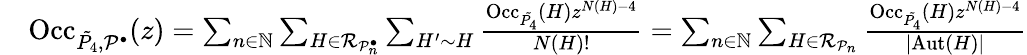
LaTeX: \begin{array}{rl}&{\mathrm{Occ}_{\tilde{P_{4}},\mathcal{P}^{\bullet}}(z)=\sum_{n\in\mathbb{N}}\sum_{H\in\mathcal{R}_{\mathcal{P}_{n}^{\bullet}}}\sum_{H^{\prime}\sim H}\frac{\mathrm{Occ}_{\tilde{P_{4}}}(H)z^{N(H)-4}}{N(H)!}=\sum_{n\in\mathbb{N}}\sum_{H\in\mathcal{R}_{\mathcal{P}_{n}}}\frac{\mathrm{Occ}_{\tilde{P_{4}}}(H)z^{N(H)-4}}{|\mathrm{Aut}(H)|}}\end{array}